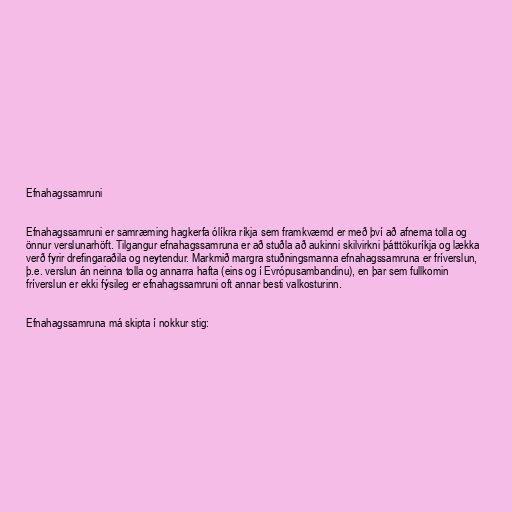
Efnahagssamruni

Efnahagssamruni er samræming hagkerfa ólíkra ríkja sem framkvæmd er með því að afnema tolla og
önnur verslunarhöft. Tilgangur efnahagssamruna er að stuðla að aukinni skilvirkni þátttökuríkja og lækka
verð fyrir drefingaraðila og neytendur. Markmið margra stuðningsmanna efnahagssamruna er fríverslun,
þ.e. verslun án neinna tolla og annarra hafta (eins og í Evrópusambandinu), en þar sem fullkomin
fríverslun er ekki fýsileg er efnahagssamruni oft annar besti valkosturinn.

Efnahagssamruna má skipta í nokkur stig: